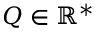
Q \in \mathbb { R } ^ { \ast }